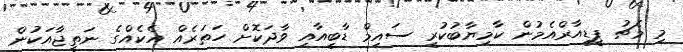
މި މެޗު ޕީޑީއާރްއެމުން ކާމިޔާބުކުރީ ސައިމް ޑާބީއާއި ވާދަކޮށް ހަތަރެއް އެކެއްގެ ނަތީޖާއަކުން